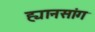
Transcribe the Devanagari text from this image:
ह्यानसांग